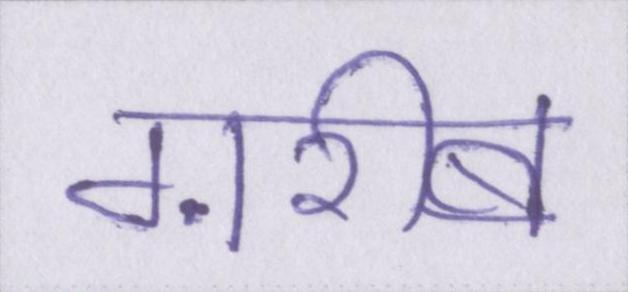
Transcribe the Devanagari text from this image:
ग़रीब